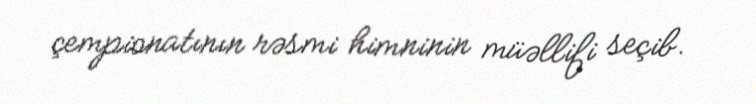
çempionatının rəsmi himninin müəllifi seçib.